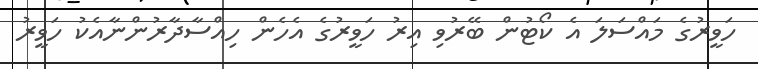
ހަވީރުގެ މައްސަލަ އެ ކޯޓުން ބޭރުވި އިރު ހަވީރުގެ އެހެން ހިއްސާދާރުންނާއެކު ހަވީރު